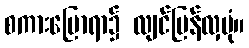
စကားပြောရာ၌ လျင်မြန်လှပုံ။